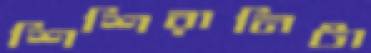
শিশিরানিটা